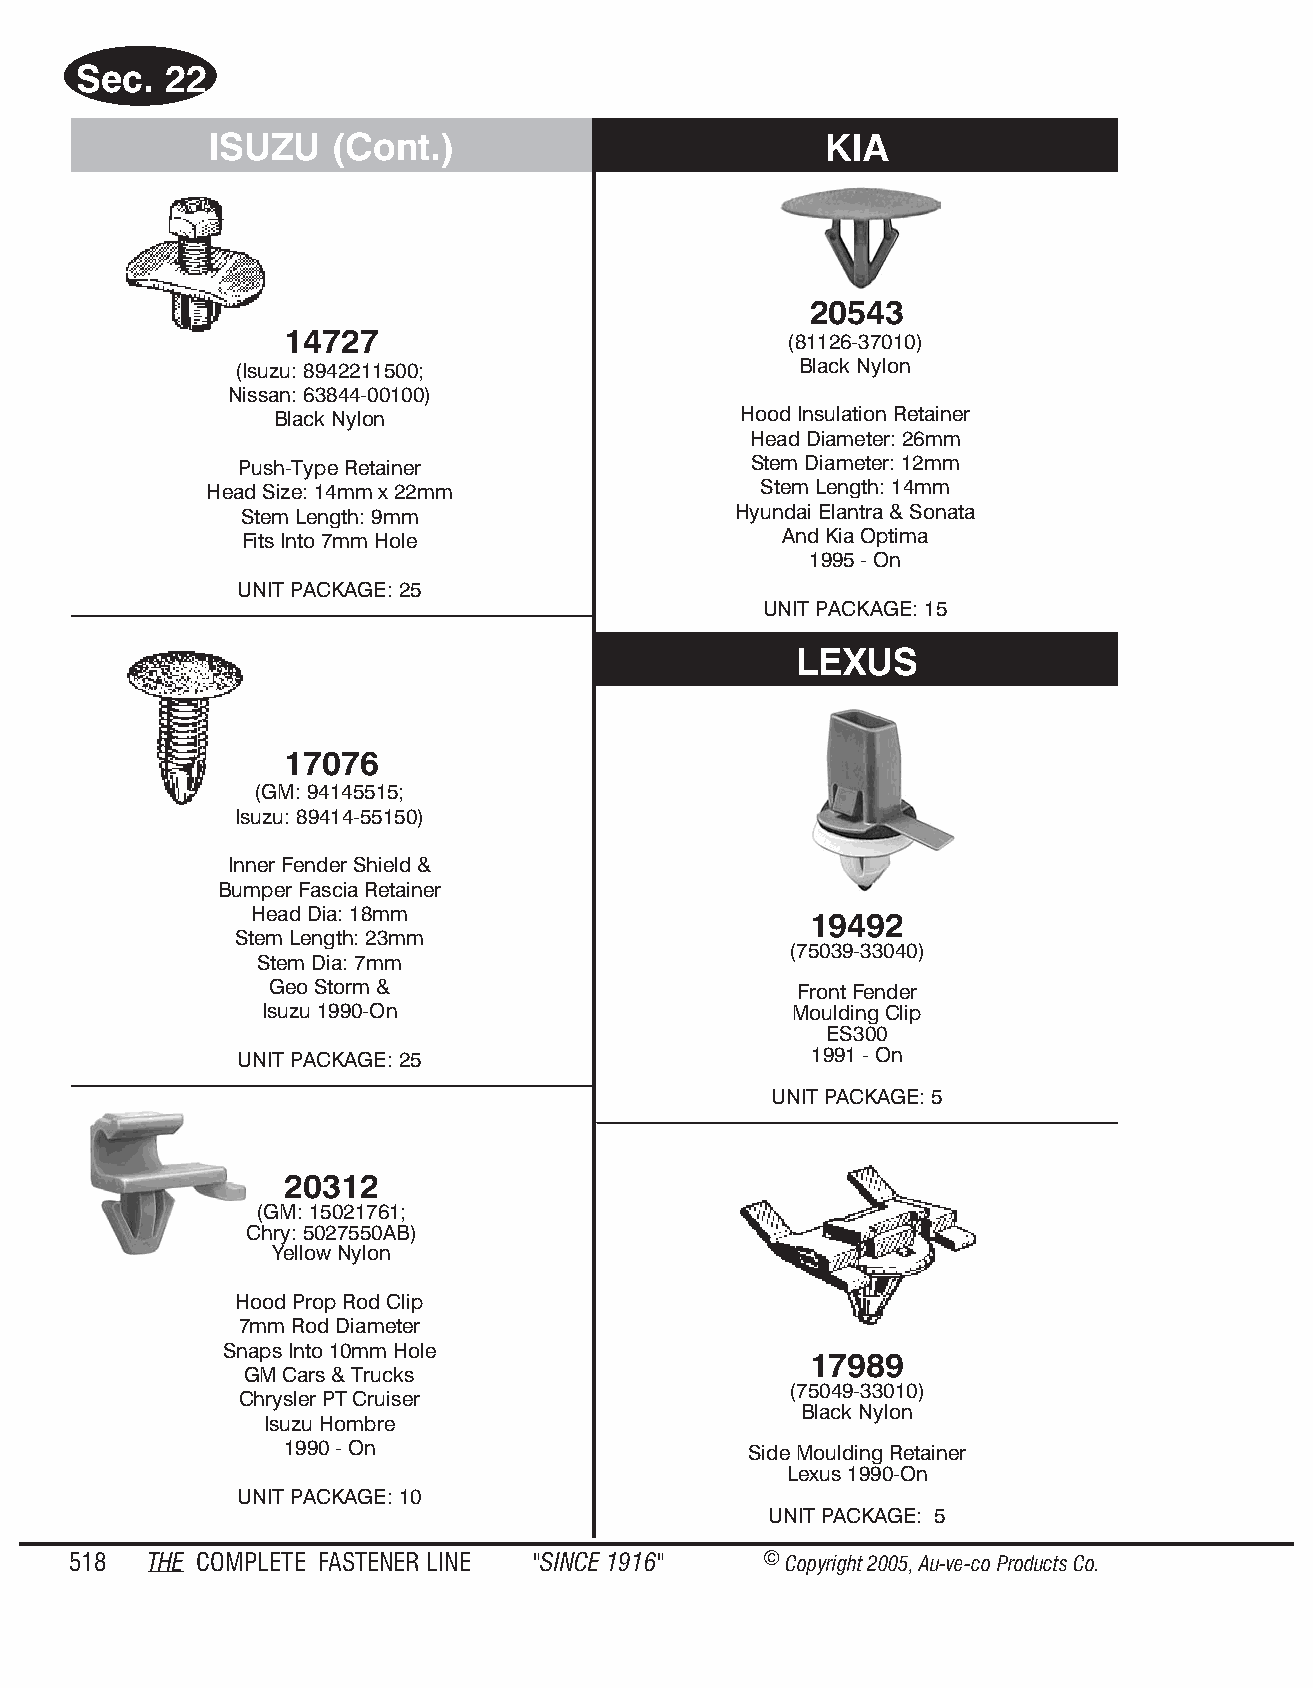
Sec.  22
 ISUZU   (Cont.)                          KIA
 20543
 14727                            (81126-37010)
 (Isuzu: 8942211500;                  Black Nylon
 Nissan: 63844-00100)
 Black Nylon                    Hood Insulation Retainer
 Head Diameter: 26mm
 Push-Type Retainer                Stem Diameter: 12mm
 Head Size: 14mm x 22mm               Stem Length: 14mm
 Stem Length: 9mm                 Hyundai Elantra & Sonata
 Fits Into 7mm Hole                  And Kia Optima
 1995 - On
 UNIT PACKAGE: 25
 UNIT PACKAGE: 15
 LEXUS
 17076
 (GM: 94145515;
 Isuzu: 89414-55150)
 Inner Fender Shield &
 Bumper Fascia Retainer
 Head Dia: 18mm                       19492
 Stem Length: 23mm
 (75039-33040)
 Stem Dia: 7mm
 Geo Storm &                        Front Fender
 Isuzu 1990-On                      Mould ing Clip
 ES300
 UNIT PACKAGE: 25                      1991 - On
 UNIT PACK AGE: 5
 20312
 (GM: 15021761;
 Chry: 5027550AB)
 Yel low Ny lon
 Hood Prop Rod Clip
 7mm Rod Diameter
 Snaps Into 10mm Hole
 17989
 GM Cars & Trucks
 (75049-33010)
 Chrysler PT Cruiser
 Black Nyl on
 Isuzu Hombre
 1990 - On                      Side Mould ing Ret ainer
 Lexus 1990-On
 UNIT PACKAGE: 10
 UNIT PACK AGE: 5
 518  THE COM PLETE FAST ENER LINE "SINCE 1916" © Copyr ight 2005, Au-ve-co Produ cts Co.